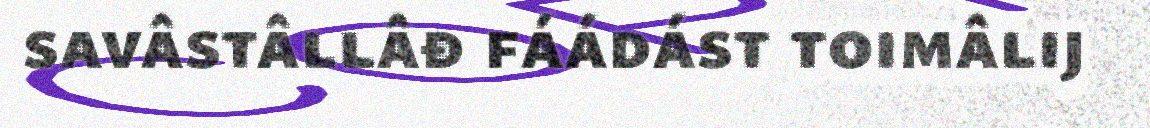
savâstâllâđ fáádást toimâlij